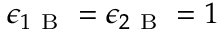
\epsilon _ { 1 \mathrm { ~ B ~ } } = \epsilon _ { 2 \mathrm { ~ B ~ } } = 1